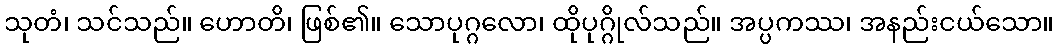
သုတံ၊ သင်သည်။ ဟောတိ၊ ဖြစ်၏။ သောပုဂ္ဂလော၊ ထိုပုဂ္ဂိုလ်သည်။ အပ္ပကဿ၊ အနည်းငယ်သော။